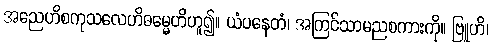
အညေဟိစကုသလေဟိဓမ္မေဟိဟူ၍။ ယံပနေတံ၊ အကြင်သာမညစကားကို။ ဗြူဟိ၊